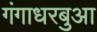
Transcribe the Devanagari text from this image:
गंगाधरबुआ